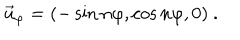
\vec { u } _ { \varphi } = ( - \sin n \varphi , \cos n \varphi , 0 ) \ .